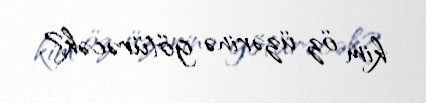
kim öz üzərinə götürəcək?.